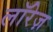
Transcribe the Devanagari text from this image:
लॉरेज़